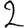
Digit: 2